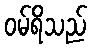
ဝမ်ရိသည်